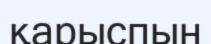
қарыспын